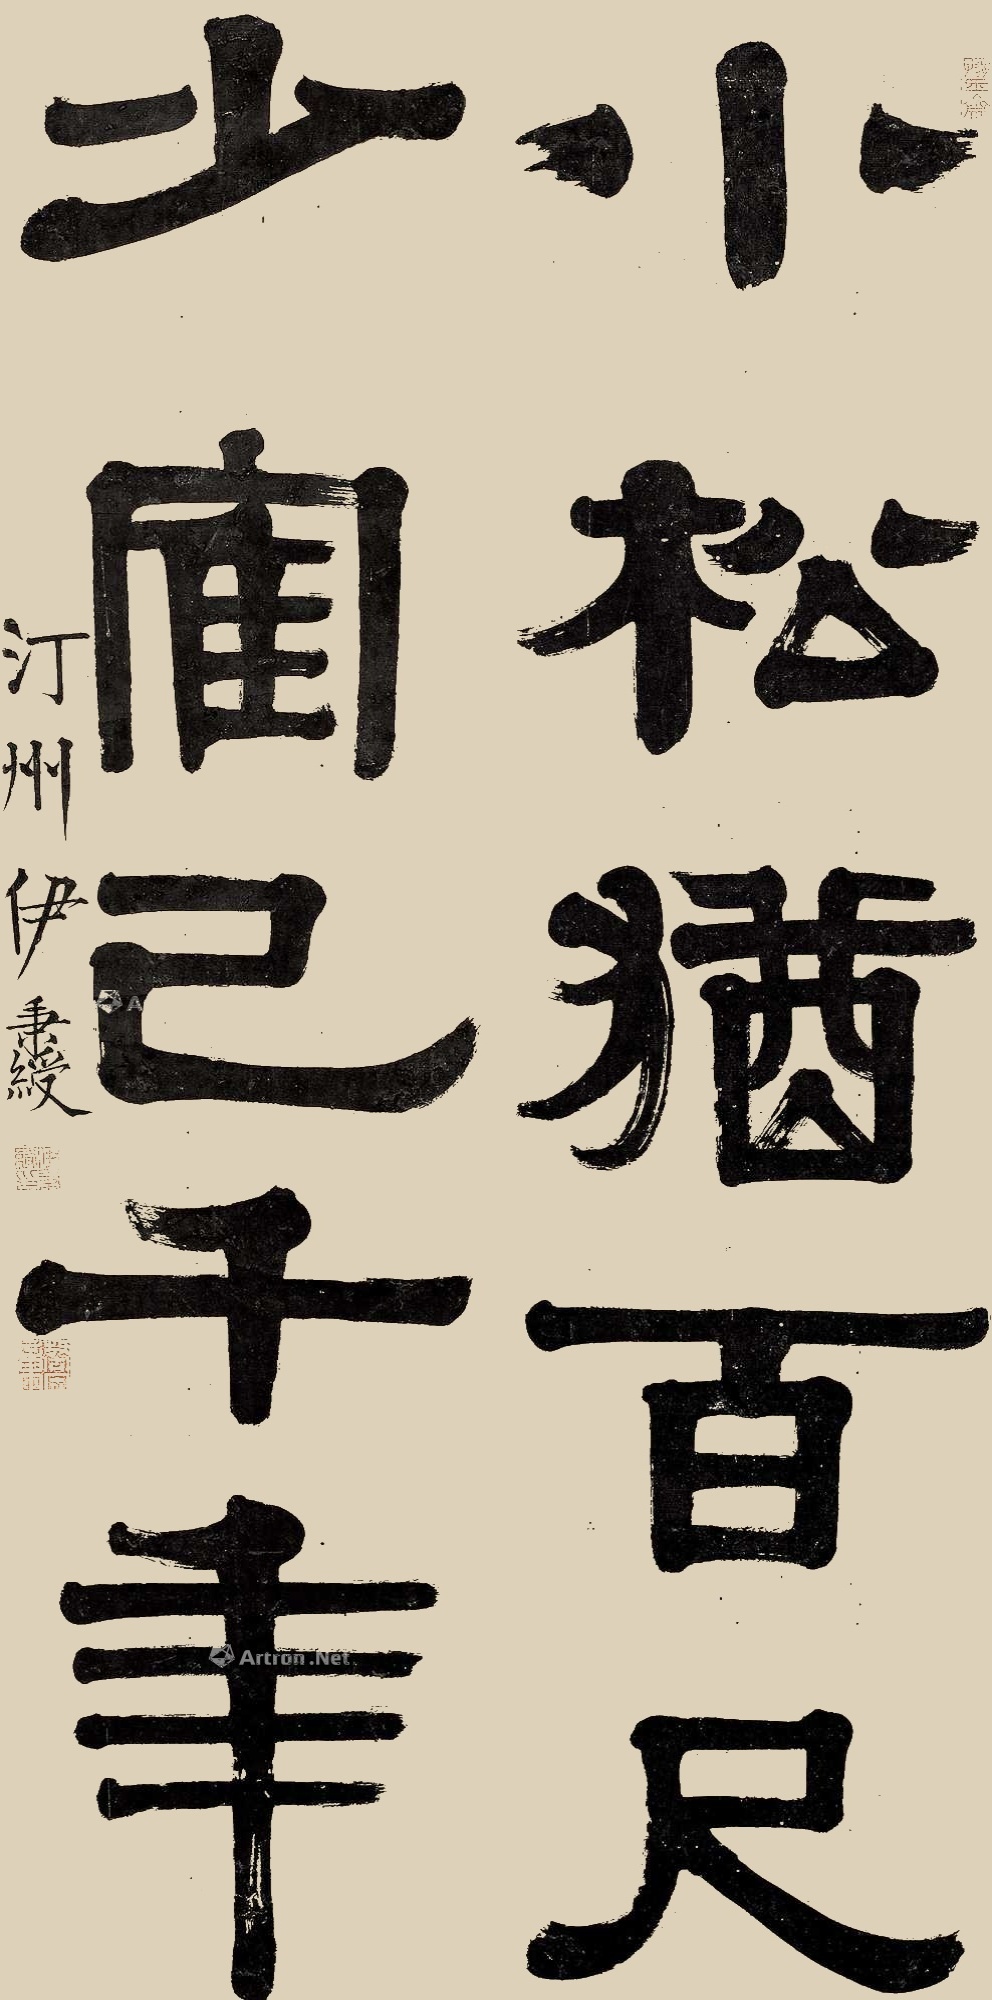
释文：小松犹百尺，少鹤己千年。汀州伊秉绶。